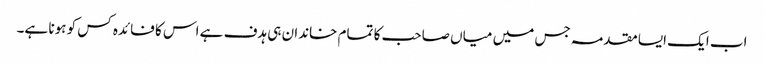
اب ایک ایسا مقدمہ جس میں میاں صاحب کا تمام خاندان ہی ہدف ہے اس کا فائدہ کس کو ہونا ہے۔